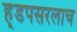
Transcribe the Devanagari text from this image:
ह्डपसरलाच